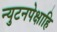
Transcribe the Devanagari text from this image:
न्युटनपेक्षाहि